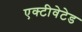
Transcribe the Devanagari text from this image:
एक्टीवेटेड